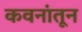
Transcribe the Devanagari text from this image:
कवनांतून